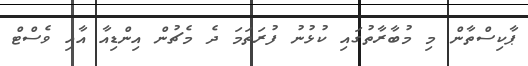
ޕާކިސްތާން މި މުބާރާތުގައި ކުޅުނު ފުރަތަމަ ދެ މެޗުން އިންޑިއާ އާއި ވެސްޓް